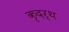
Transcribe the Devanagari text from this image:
कृदर्थ